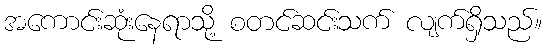
အကောင်းဆုံးနေရာသို့ စတင်ဆင်းသက် လျက်ရှိသည်။